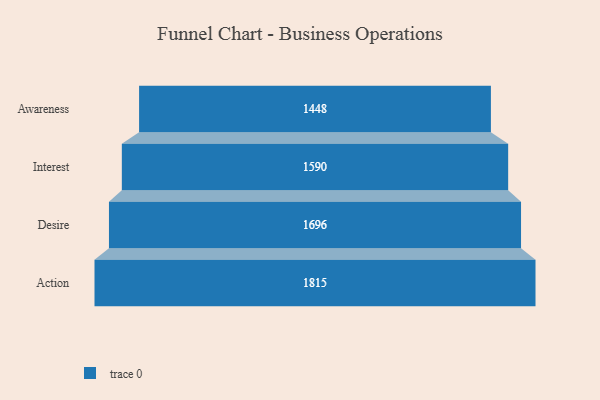
{"axis": {"x": "Stage", "y": "Value"}, "legend": [""], "data": [{"x": "Awareness", "y": 1448.0, "type": ""}, {"x": "Interest", "y": 1590.0, "type": ""}, {"x": "Desire", "y": 1696.0, "type": ""}, {"x": "Action", "y": 1815.0, "type": ""}]}